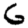
Digit: 6